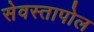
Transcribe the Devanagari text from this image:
सेवस्तापोल